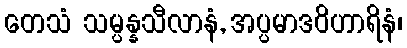
တေသံ သမ္ပန္နသီလာနံ, အပ္ပမာဒဝိဟာရိနံ၊